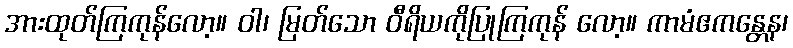
အားထုတ်ကြကုန်လော့။ ဝါ၊ မြတ်သော ဝီရိယကိုပြုကြကုန် လော့။ ကာမံဧကန္တေန၊